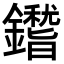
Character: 𨮺